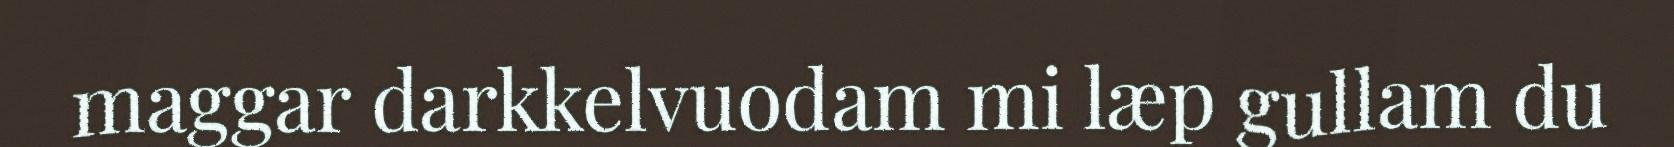
maggar darkkelvuodam mi læp gullam du